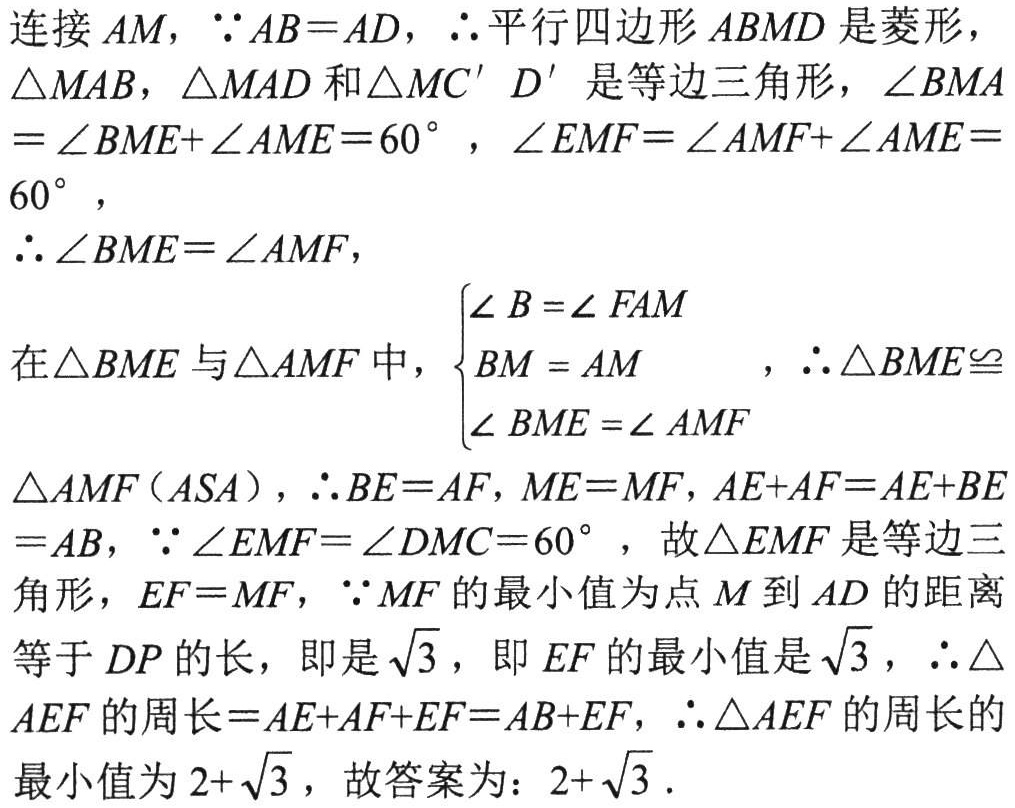
连接 \(AM\)，\(\because AB = AD\)，\(\therefore\)平行四边形 \(ABMD\) 是菱形，\(\triangle MAB\)，\(\triangle MAD\) 和 \(\triangle MC'D'\) 是等边三角形，\(\angle BMA=\angle BME + \angle AME = 60^{\circ}\)，\(\angle EMF=\angle AMF + \angle AME = 60^{\circ}\)，
\(\therefore \angle BME=\angle AMF\)，
在 \(\triangle BME\) 与 \(\triangle AMF\) 中，\(\begin{cases}
\angle B = \angle FAM\\
BM = AM\\
\angle BME = \angle AMF
\end{cases}\)，\(\therefore \triangle BME\cong\triangle AMF(ASA)\)，\(\therefore BE = AF\)，\(ME = MF\)，\(AE + AF = AE + BE=AB\)，\(\because \angle EMF=\angle DMC = 60^{\circ}\)，故 \(\triangle EMF\) 是等边三角形，\(EF = MF\)，\(\because MF\) 的最小值为点 \(M\) 到 \(AD\) 的距离等于 \(DP\) 的长，即是 \(\sqrt{3}\)，即 \(EF\) 的最小值是 \(\sqrt{3}\)，\(\therefore\triangle AEF\) 的周长 \(=AE + AF + EF = AB + EF\)，\(\therefore\triangle AEF\) 的周长的最小值为 \(2 + \sqrt{3}\)，故答案为：\(2+\sqrt{3}\)．